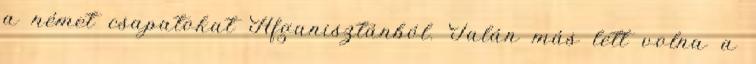
a német csapatokat Afganisztánból. Talán más lett volna a